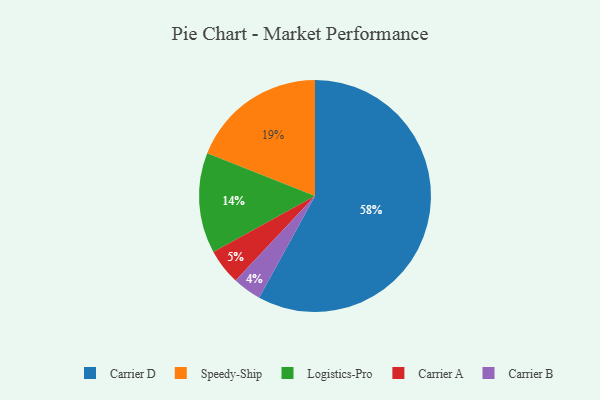
{"axis": {"x": "Category", "y": "Percentage"}, "legend": ["Carrier A", "Carrier B", "Carrier D", "Logistics-Pro", "Speedy-Ship"], "data": [{"x": "Carrier A", "y": 5, "type": "Carrier A"}, {"x": "Logistics-Pro", "y": 14, "type": "Logistics-Pro"}, {"x": "Speedy-Ship", "y": 19, "type": "Speedy-Ship"}, {"x": "Carrier D", "y": 58, "type": "Carrier D"}, {"x": "Carrier B", "y": 4, "type": "Carrier B"}]}